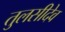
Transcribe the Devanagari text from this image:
तुलसीदेव